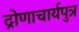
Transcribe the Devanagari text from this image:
द्रोणाचार्यपुत्र